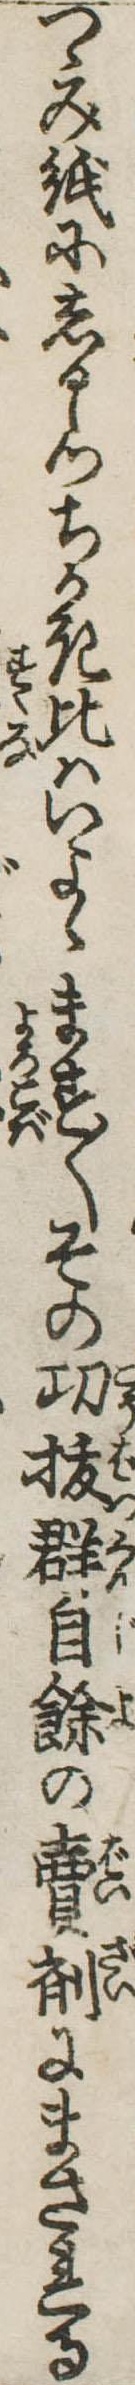
つゝみ紙にしるしつちかき比はいよゝます〱その功抜群自余の売剤にまされる